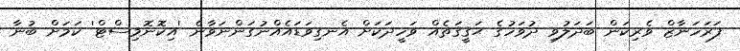
ފަރަހަނާޒް ވެރިކަން ބަދަލުވި ދުވަހުގެ ޙަޤީޤަތެއް ވަހީދަކަށް އެނގިވަޑައެއްނުގަންނަވާނެ 'އިކޮނޮމިސްޓް' ކަމަށް ބުނާ